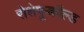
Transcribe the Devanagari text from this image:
रोशेफूकॉल्ड